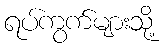
ရပ်ကွက်များသို့